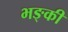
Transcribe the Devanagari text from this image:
भङ्की